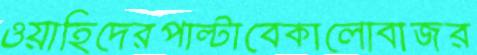
ওয়াহিদেরপাল্টাবেকালোবাজর